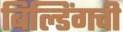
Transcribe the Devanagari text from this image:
बिल्डिंगची